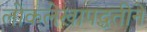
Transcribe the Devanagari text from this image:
लोकलेखापद्धतीने